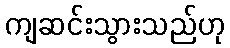
ကျဆင်းသွားသည်ဟု